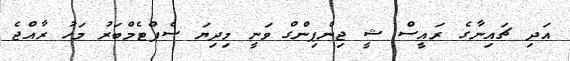
އަދި ޗައިނާގެ ރައީސް ޝީ ޖިންޕިންގް ވަނީ މިދިޔަ ސެޕްޓެމްބަރު މަހު ރާއްޖެ